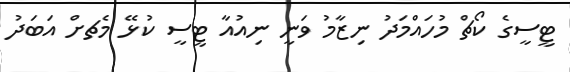
ޓީސީގެ ކޯޗް މުހައްމަދު ނިޒާމު ވަނީ ނިއުއާ ޓީސީ ކުޅޭ މެޗށް އަބަދު